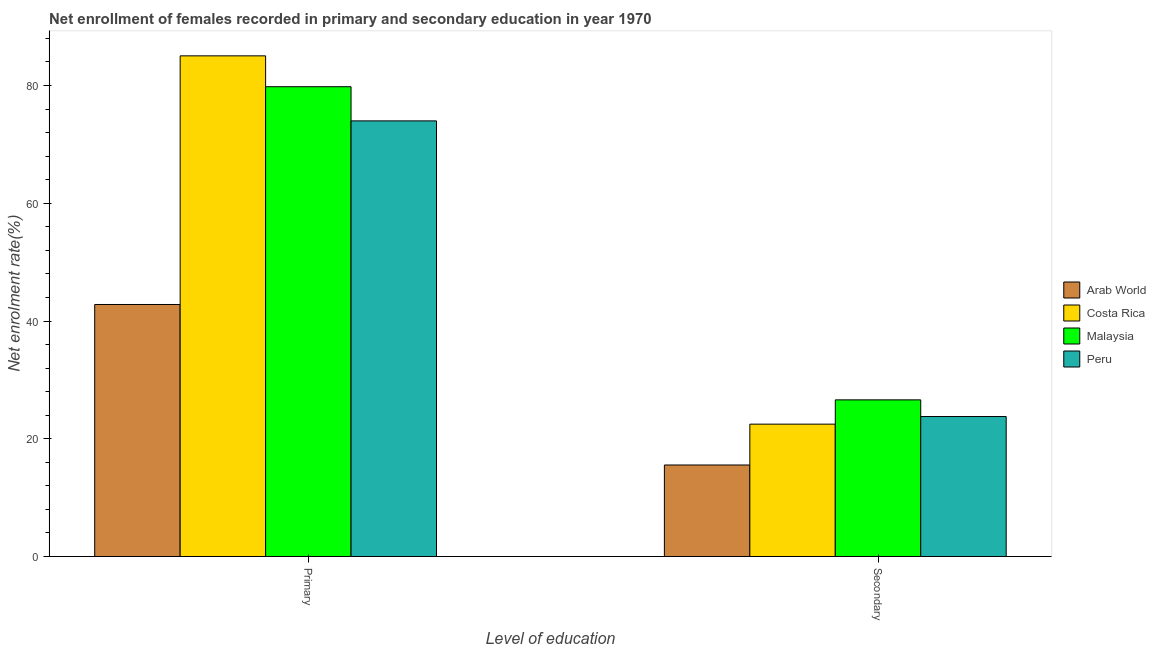
| Level of education | Arab World | Costa Rica | Malaysia | Peru |
 | --- | --- | --- | --- | --- |
 | Primary | 42.8 | 85 | 79.8 | 74 |
 | Secondary | 15.5 | 22.5 | 26.6 | 23.8 |